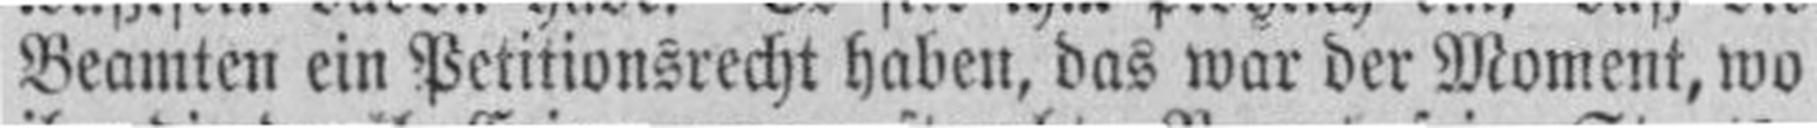
Beamten ein Petitionsrecht haben, das war der Moment, wo